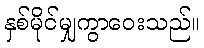
နှစ်မိုင်မျှကွာဝေးသည်။